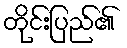
တိုင်းပြည်၏